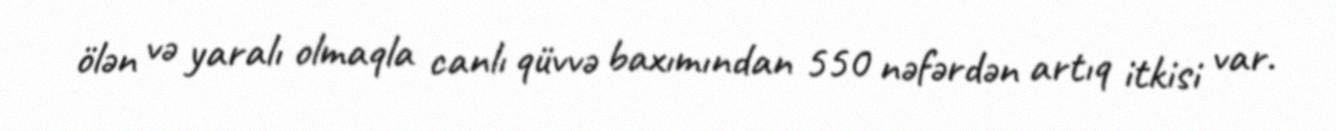
ölən və yaralı olmaqla canlı qüvvə baxımından 550 nəfərdən artıq itkisi var.